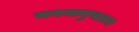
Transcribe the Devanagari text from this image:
समयानुपालन